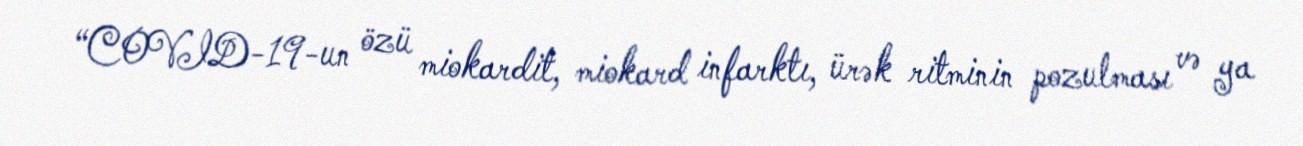
“COVID-19-un özü miokardit, miokard infarktı, ürək ritminin pozulması və ya